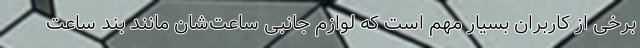
برخی از کاربران بسیار مهم است که لوازم جانبی ساعت‌شان مانند بند ساعت